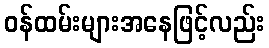
ဝန်ထမ်းများအနေဖြင့်လည်း